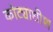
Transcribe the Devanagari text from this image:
कोट्याधीश